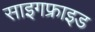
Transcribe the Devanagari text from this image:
साइगफ्राइड